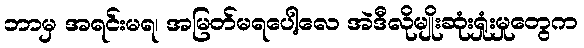
ဘာမှ အရင်းမရ၊ အမြတ်မရပေါ့လေ အဲဒီလိုမျိုးဆုံးရှုံးမှုတွေက